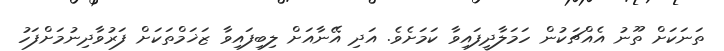
ތަނަކަށް ތޫނު އެއްޗަކުން ހަމަލާދީފައިވާ ކަމަށެވެ. އަދި އޭނާއަށް ލިބިފައިވާ ޒަޚަމްތަކަށް ފަރުވާދިނުމަށްފަހު